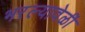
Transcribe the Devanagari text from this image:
भरल्यावेळीं